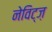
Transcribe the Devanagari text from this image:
नेविट्ज़